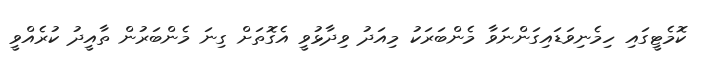
ކޮމެޓީގައި ހިމެނިވަޑައިގަންނަވާ މެންބަރަކު މިއަދު ވިދާޅުވީ އެގޮތަށް ގިނަ މެންބަރުން ތާއީދު ކުރެއްވީ